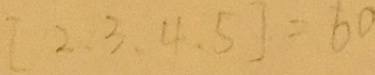
[ 2 , 3 , 4 , 5 ] = 6 0